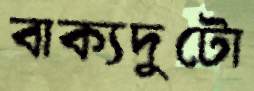
বাক্যদুটো